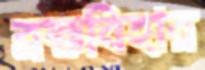
ব্রহ্মবিহার